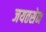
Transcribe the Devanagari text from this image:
जयतसेन